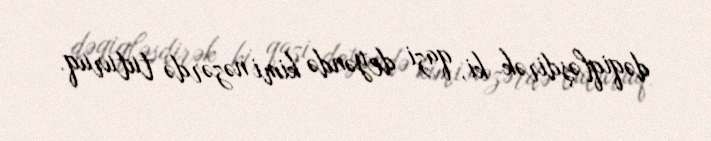
dəqiqləşdirək ki, qazi deyəndə kimi nəzərdə tuturuq.